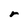
Character: r